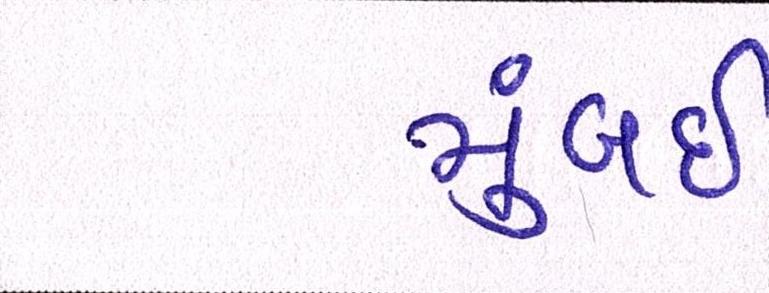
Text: મુંબઇઃ